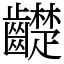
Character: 齼